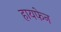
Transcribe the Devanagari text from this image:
हायफेन